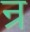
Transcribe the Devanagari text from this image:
न्र